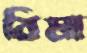
বিমা